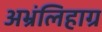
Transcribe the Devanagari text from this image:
अभ्रंलिहाग्र